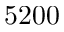
5 2 0 0